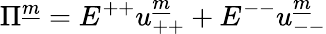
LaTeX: \Pi^{\underline{{m}}}=E^{++}u_{++}^{\underline{{m}}}+E^{--}u_{--}^{\underline{{m}}}